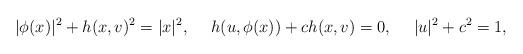
LaTeX: \begin{align*}& |\phi(x)|^{2} + h(x, v)^{2} = |x|^{2},& & h(u, \phi(x)) + ch(x, v) = 0, & & |u|^{2} + c^{2} = 1,\end{align*}